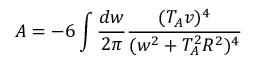
A = - 6 \int \frac { d w } { 2 \pi } \frac { ( T _ { A } v ) ^ { 4 } } { ( w ^ { 2 } + T _ { A } ^ { 2 } R ^ { 2 } ) ^ { 4 } }